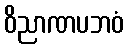
ဝိညာဏပဘဝံ